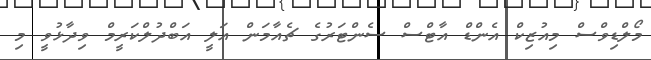
މޯލްޑިވްސް މިއުޒިކް އެންޑް އާޓްސް ސެންޓަރުގެ ޗެއާމަން އަލީ އަބްދުލްކަރީމް ވިދާޅުވީ މި